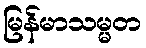
မြန်မာသမ္မတ